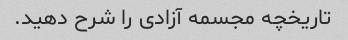
تاریخچه مجسمه آزادی را شرح دهید.